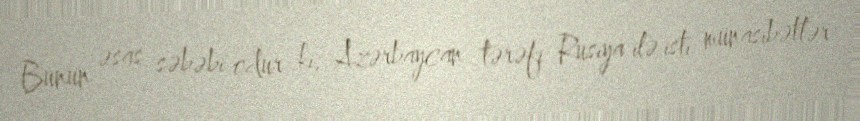
Bunun əsas səbəbi odur ki, Azərbaycan tərəfi Rusiya ilə isti münasibətlər